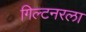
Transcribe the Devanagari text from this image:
गिल्टनरला